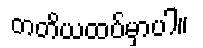
တတိယထပ်မှာပါ။